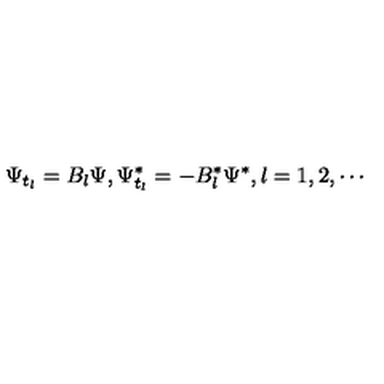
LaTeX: \Psi _ { t _ { l } } = B _ { l } \Psi , \Psi _ { t _ { l } } ^ { * } = - B _ { l } ^ { * } \Psi ^ { * } , l = 1 , 2 , \cdots